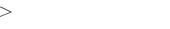
١١٣